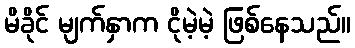
မိခိုင် မျက်နှာက ငိုမဲ့မဲ့ ဖြစ်နေသည်။